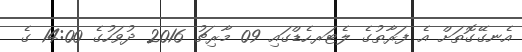
އެނގޭގޮތަށް އެ ފަރާތުގެ ލެޓަރހެޑްގައި 09 މާރިޗު 2016 ދުވަހުގެ 14:00 ގެ